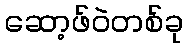
ဆော့ဖ်ဝဲတစ်ခု